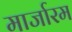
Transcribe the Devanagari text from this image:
मार्जारम